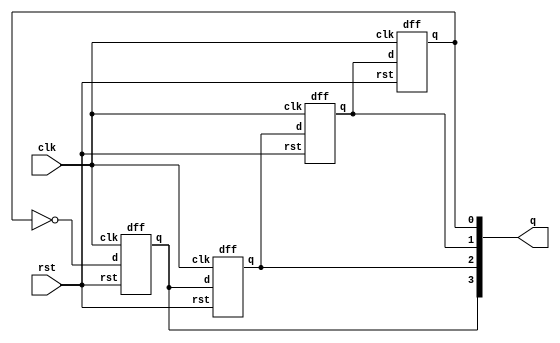
//Johnson's Counter
module johnsoncounter(q,clk,rst);
  input clk,rst;
  output [3:0] q;
  dff dff0(q[3],~q[0],clk,rst);
  dff dff1(q[2],q[3],clk,rst);
  dff dff2(q[1],q[2],clk,rst);
  dff dff3(q[0],q[1],clk,rst);
endmodule
module dff(q,d,clk,rst);
  output q;
  input d,clk,rst;
  reg q;
  always@(posedge rst or negedge clk )
    begin
      if(rst)
        q=1'b0;
      else 
        q = d;
    end
endmodule